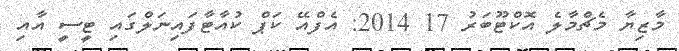
މާޒިޔާ މެޗްމާލެ އޮކްޓޫބަރު 17 2014: އެފްއޭ ކަޕް ކުއާޓާފައިނަލްގައި ޓީސީ އާއި